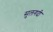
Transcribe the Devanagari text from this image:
सुलगदी